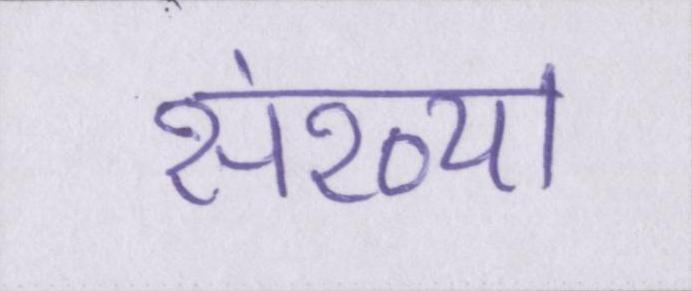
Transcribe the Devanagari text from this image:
संख्या